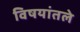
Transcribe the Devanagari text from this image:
विषयांतले